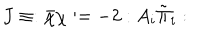
J \equiv : \bar { \chi } \chi : = - 2 : A _ { i } \tilde { \Pi } _ { i } :